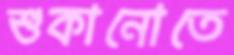
শুকানোতে